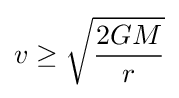
v\geq {\sqrt {\frac {2GM}{r}}}